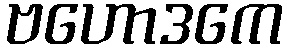
ဗဟောဒကေ